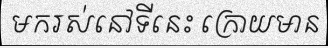
មករស់នៅទីនេះ ក្រោយមាន